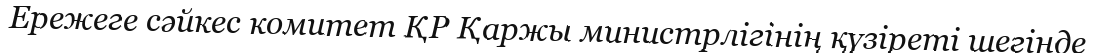
Ережеге сәйкес комитет ҚР Қаржы министрлігінің қүзіреті шегінде